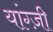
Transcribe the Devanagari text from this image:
यांग्ज़ी